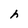
Character: h